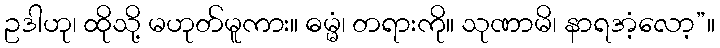
ဥဒါဟု၊ ထိုသို့ မဟုတ်မူကား။ ဓမ္မံ၊ တရားကို။ သုဏာမိ၊ နာရအံ့လော့”။